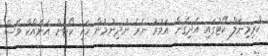
ކްރިމިނަލް ކޯޓުގައި އެދިގެން އަމުރު ނެރެ ނުދިނުމުން ހައި ކޯޓަށް އަނެއްކާ ވެސް